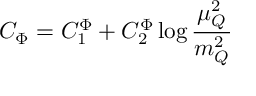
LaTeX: C _ { \Phi } = C _ { 1 } ^ { \Phi } + C _ { 2 } ^ { \Phi } \log \frac { \mu _ { Q } ^ { 2 } } { m _ { Q } ^ { 2 } }